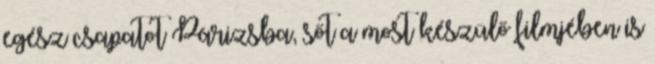
egész csapatot Párizsba, sőt a most készülő filmjében is